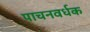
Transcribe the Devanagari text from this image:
पाचनवर्धक